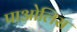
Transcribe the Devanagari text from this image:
पाओलिस